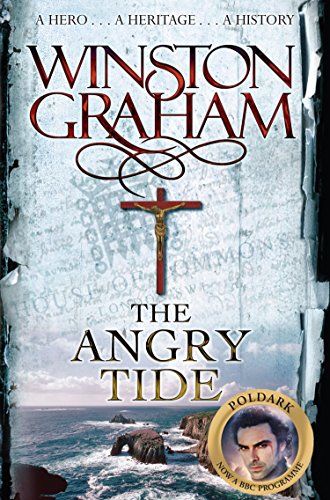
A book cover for The Angry Tide (Poldark); Winston Graham; Literature & Fiction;